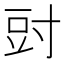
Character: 𭔰